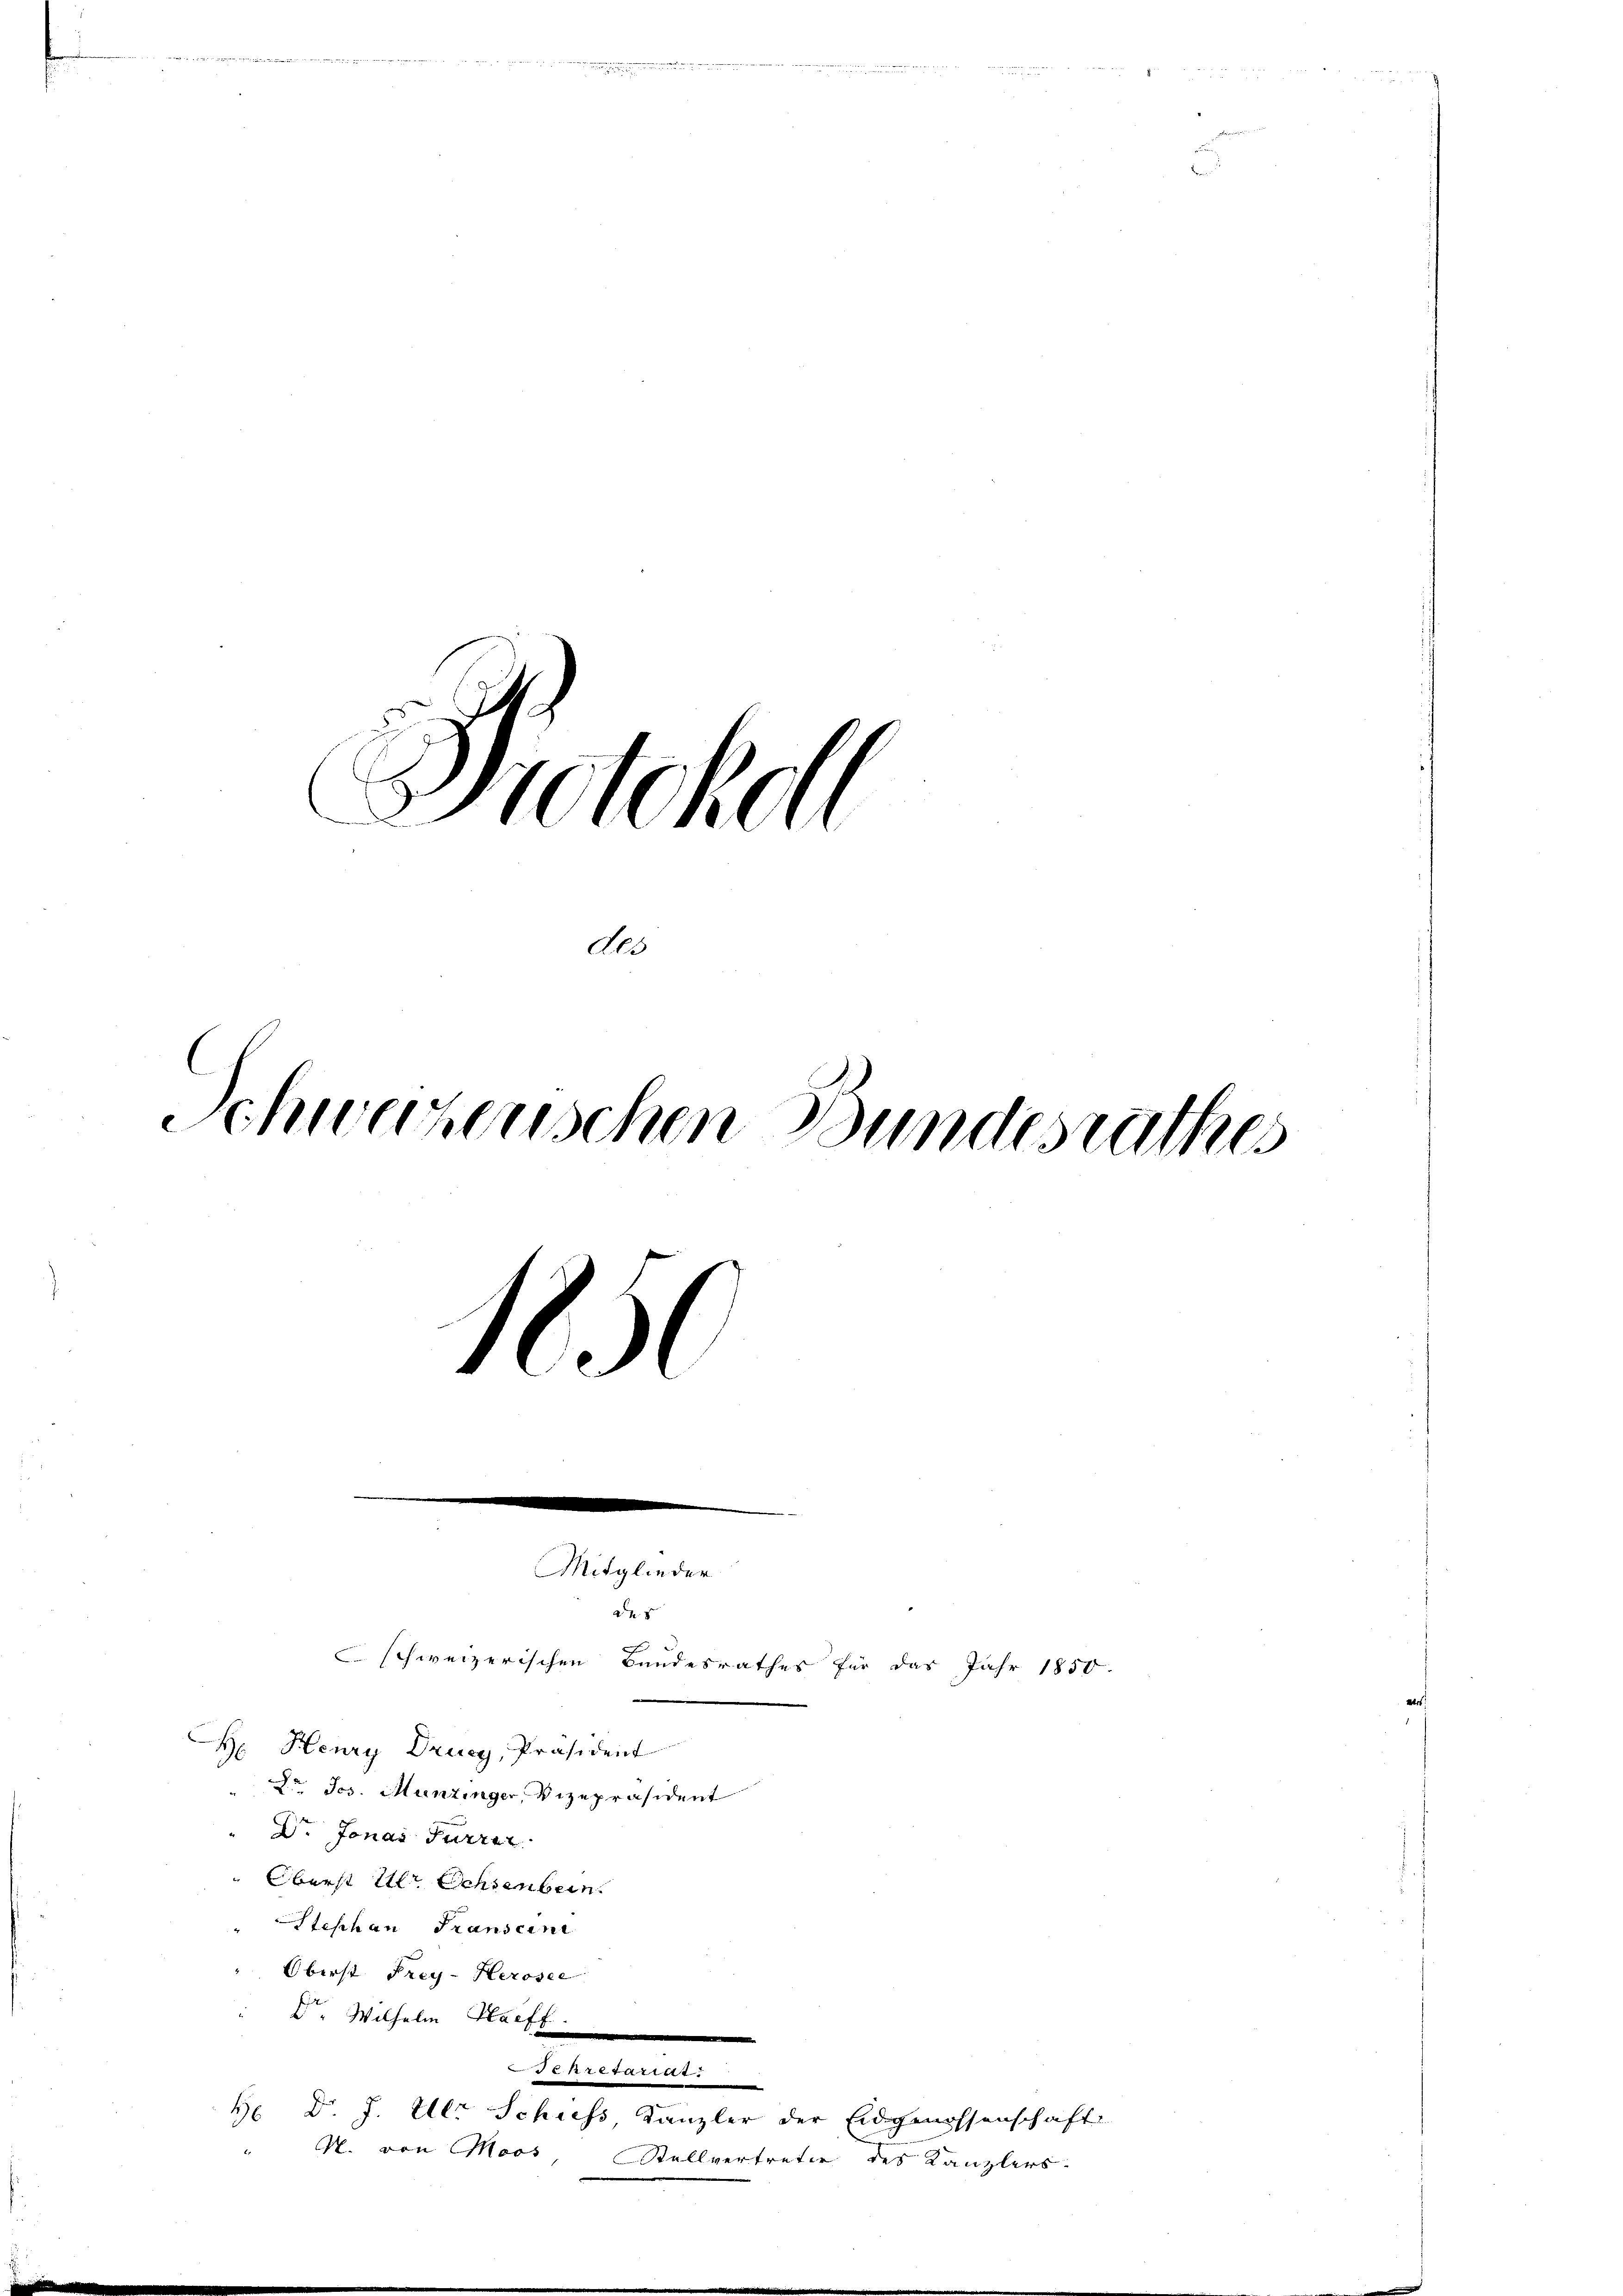
Protokoll
des
Schweizerische Bundesrathes
1850

Mitglieder
des
schweizerischen Bandesrathes für das Jahr 1850.
Hr. Henry Drucy, Präsident
Hr. Jos. Munzinger, Vizepräsident
Dr. Jonas Furrer

Oberst Ulr. Ochsenbein.
Stephan Franscini
Oberst Frey-Herosee
Dr. Wilhelm Naeff
Sekretariat
Hr. Dr. J. Ulr Schiess Kanzler der Eidgenossenschaft

N. von Moos Stellvertreter des Kanzlers